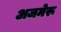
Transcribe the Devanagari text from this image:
अजमेरू